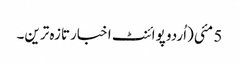
5 مئی(اُردو پوائنٹ اخبارتازہ ترین۔